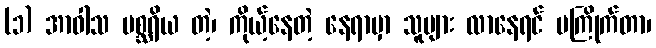
(၁) အာဝါသ မစ္ဆရိယ တဲ့၊ ကိုယ့်နေတဲ့ နေရာမှာ သူများ လာနေရင် မကြိုက်တာ၊